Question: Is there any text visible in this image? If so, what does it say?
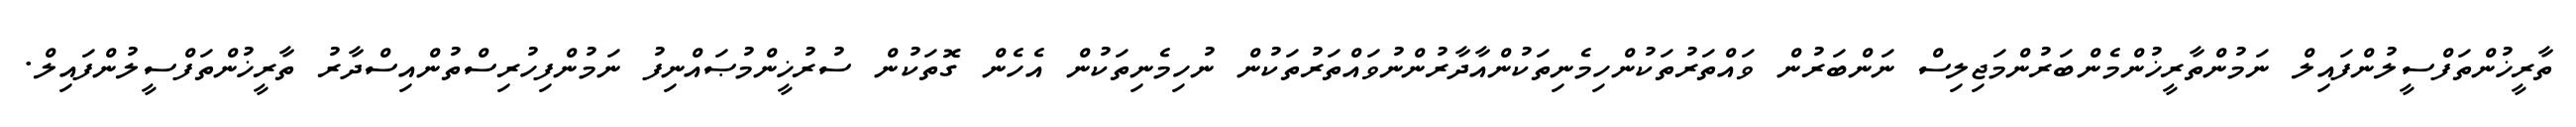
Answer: ތާރީޚުންތަފްސީލުންފައިލް ނަމުންތާރީޚުންމެންބަރުންމަޖިލިސް ނަންބަރުން ވައްތަރުތަކުންހިމެނިތަކުންއާދާރުންނުވައްތަރުތަކުން ނުހިމެނިތަކުން އެހެން ގޮތަކުން ސުރުޚީންމުޞައްނިފު ނަމުންފިހުރިސްތުންއިސްދާރު ތާރީޚުންތަފްސީލުންފައިލް.